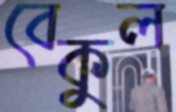
বেকুল